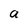
Character: a